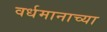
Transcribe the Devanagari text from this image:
वर्धमानाच्या